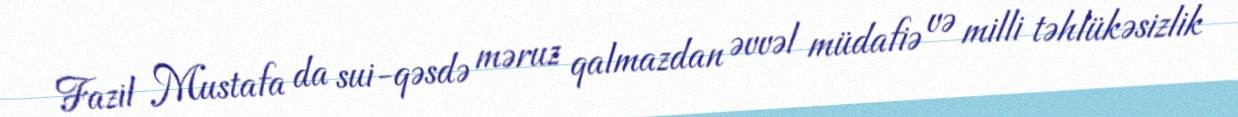
Fazil Mustafa da sui-qəsdə məruz qalmazdan əvvəl müdafiə və milli təhlükəsizlik